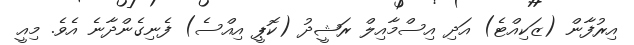
އިރުފާން (ޒަކިއްޓެ) އަދި އިސްމާއިލް ރަޝީދު (ކޮޕީ އިއްސެ) ފެނިގެންދާނެ އެވެ. މިއީ